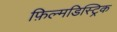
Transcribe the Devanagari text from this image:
फ़िल्मडिस्ट्रिक